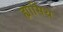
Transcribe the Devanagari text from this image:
ह्यासिंथ